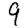
Digit: 9